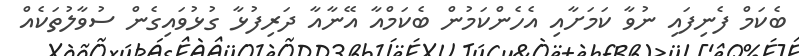
ބެކަމް ފެނިފައި ނުވާ ކަމަށާއި އެހެންކަމުން ބެކަމްއާ އޭނާއާ ދަރިފުޅާ ގުޅުވައިގެން ސުވާލުތަކެއް